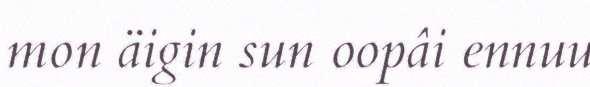
mon äigin sun oopâi ennuu